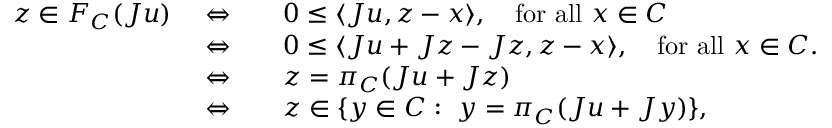
\begin{array} { r l } { z \in F _ { C } ( J u ) \quad \Leftrightarrow \quad } & { 0 \leq \langle J u , z - x \rangle , \quad \mathrm { f o r ~ a l l } \ x \in C } \\ { \quad \Leftrightarrow \quad } & { 0 \leq \langle J u + J z - J z , z - x \rangle , \quad \mathrm { f o r ~ a l l } \ x \in C . } \\ { \quad \Leftrightarrow \quad } & { z = \pi _ { C } ( J u + J z ) } \\ { \quad \Leftrightarrow \quad } & { z \in \{ y \in C : \ y = \pi _ { C } ( J u + J y ) \} , } \end{array}